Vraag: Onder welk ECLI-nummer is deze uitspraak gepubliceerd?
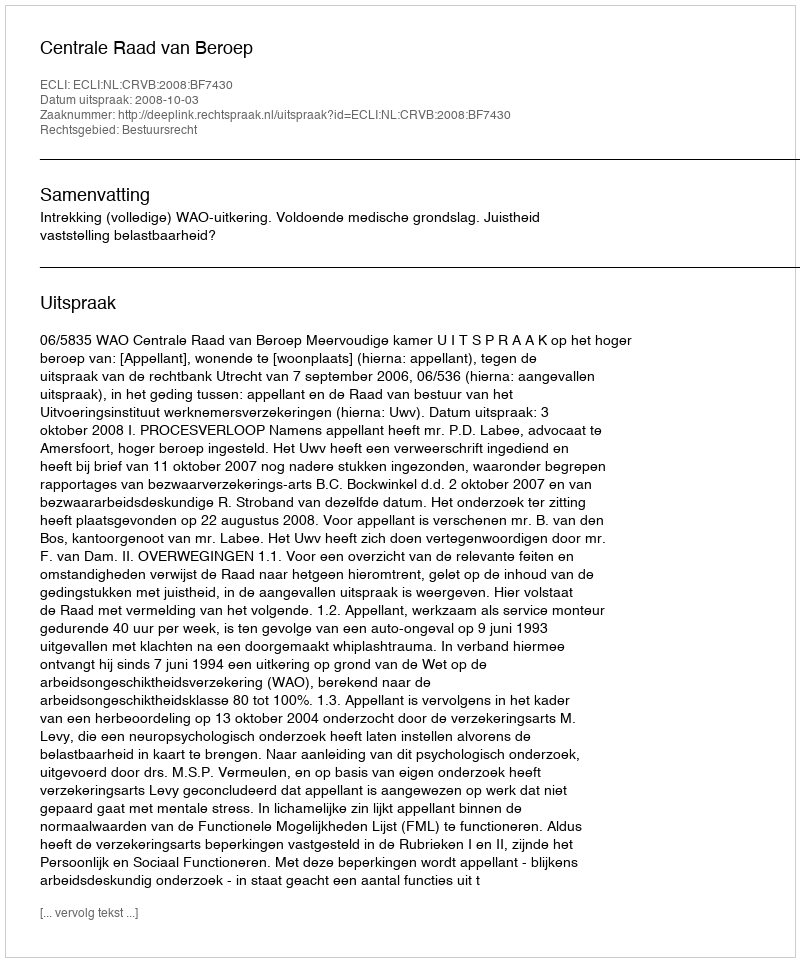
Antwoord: ECLI:NL:CRVB:2008:BF7430